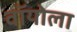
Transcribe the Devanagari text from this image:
वॉयोला